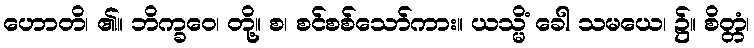
ဟောတိ၊ ၏။ ဘိက္ခဝေ၊ တို့။ စ၊ စင်စစ်သော်ကား။ ယသ္မိံ ခေါ သမယေ၊ ၌။ စိတ္တံ၊